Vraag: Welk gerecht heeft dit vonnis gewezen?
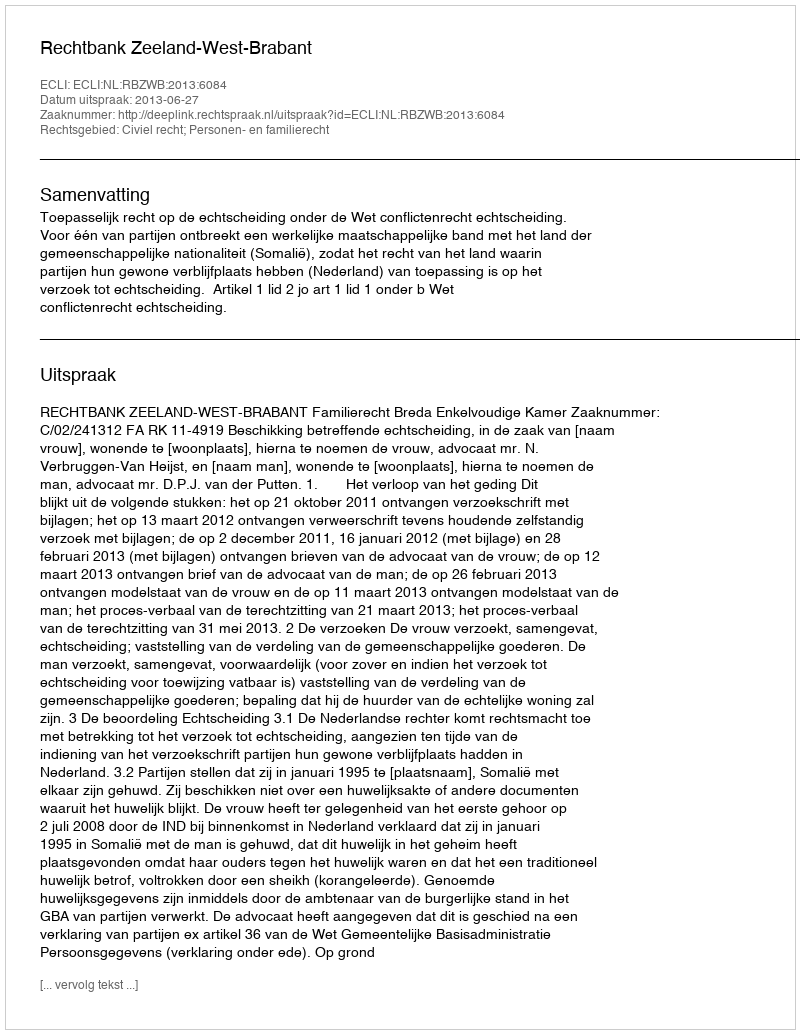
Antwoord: Rechtbank Zeeland-West-Brabant